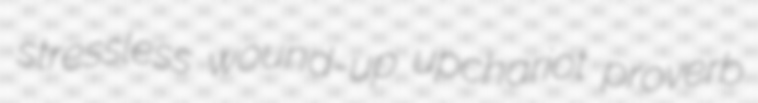
stressless wound-up upchariot proverb